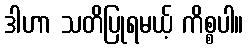
ဒါဟာ သတိပြုရမယ့် ကိစ္စပါ။